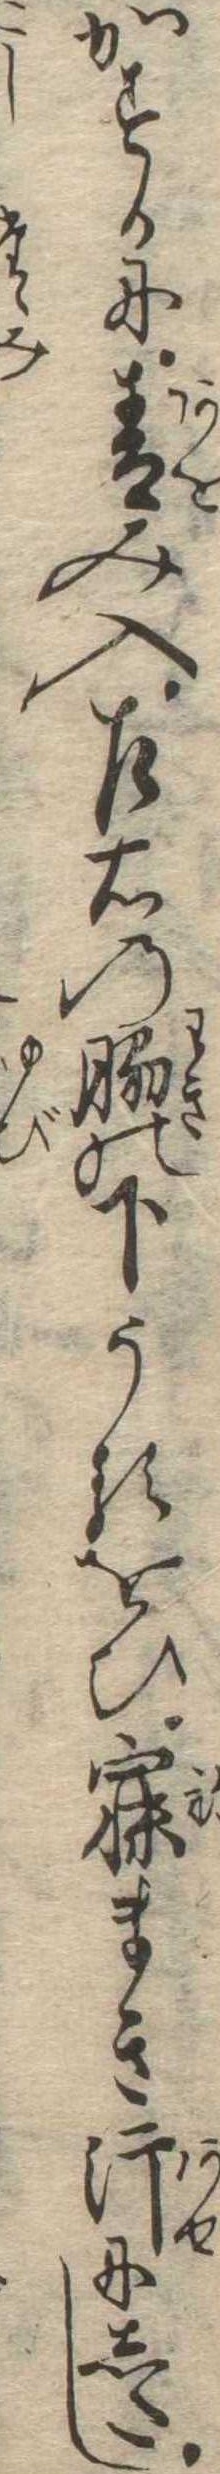
かすかに青み入左右の脇の下うるをひ寐まき汗にしたし